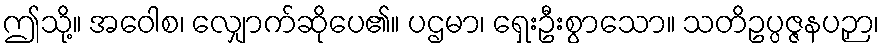
ဤသို့။ အဝေါစ၊ လျှောက်ဆိုပေ၏။ ပဌမာ၊ ရှေးဦးစွာသော။ သတိဥပ္ပဇ္ဇနပဉှာ၊